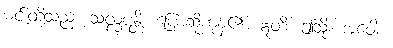
မင်းတို့သည်။ သလ္လပန္တိ၊ ပြောဆိုကုန်၏။ ဣတိ၊ ဤသို့။ အဝေါစ၊